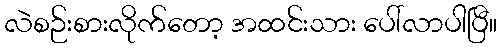
လဲစဉ်းစားလိုက်တော့ အထင်းသား ပေါ်လာပါပြီ။